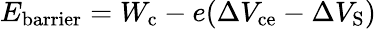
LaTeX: E_{\mathrm{{barrier}}}=W_{\mathrm{{c}}}-e(\Delta V_{\mathrm{{ce}}}-\Delta V_{\mathrm{{S}}})